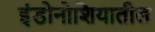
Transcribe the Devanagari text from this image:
इंडोनोशियातील